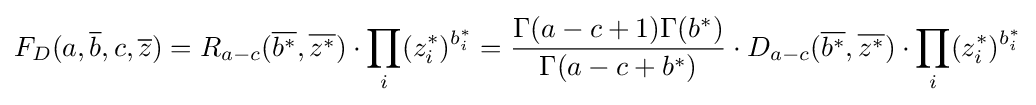
F_{D}(a,{\overline {b}},c,{\overline {z}})=R_{a-c}({\overline {b^{*}}},{\overline {z^{*}}})\cdot \prod _{i}(z_{i}^{*})^{b_{i}^{*}}={\frac {\Gamma (a-c+1)\Gamma (b^{*})}{\Gamma (a-c+b^{*})}}\cdot D_{a-c}({\overline {b^{*}}},{\overline {z^{*}}})\cdot \prod _{i}(z_{i}^{*})^{b_{i}^{*}}